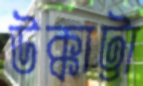
উক্কাট্টা